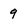
Character: 9